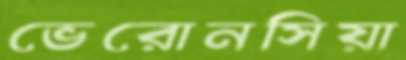
ভেরোনসিয়া